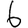
Digit: 6